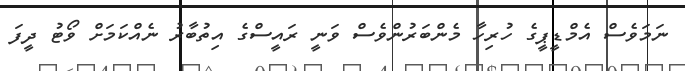
ނަމަވެސް އެމްޑީޕީގެ ހުރިހާ މެންބަރުންވެސް ވަނީ ރައީސްގެ އިތުބާރު ނެއްކަމަށް ވޯޓު ދީފަ